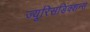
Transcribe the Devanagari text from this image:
ज्यूरिसडिक्शन्स